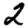
Digit: 2